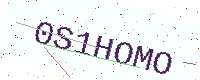
Text: 0S1HOMO